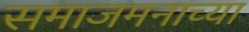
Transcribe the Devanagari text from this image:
समाजमनाच्या